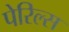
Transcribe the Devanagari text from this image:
पेरिल्स